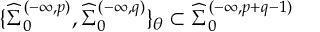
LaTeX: \{ { \widehat \Sigma } _ { 0 } ^ { ( - \infty , p ) } , { \widehat \Sigma } _ { 0 } ^ { ( - \infty , q ) } \} _ { \theta } \subset { \widehat \Sigma } _ { 0 } ^ { ( - \infty , p + q - 1 ) }